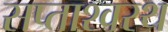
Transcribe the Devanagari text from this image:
सप्ताश्वरथ